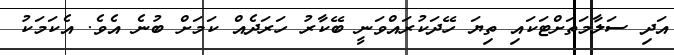
އަދި ސަލާމަތަށްޓަކައި ތިޔަ ހޭދަކުރައްވަނީ ބޭކާރު ހަރަދެއް ކަމަށް ބުނެ އެވެ. އެކަމަކު